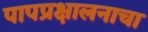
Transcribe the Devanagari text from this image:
पापप्रक्षालनाचा